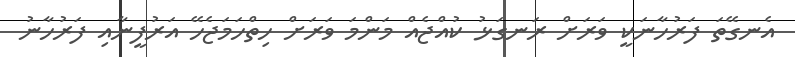
އެނގޭތަ ފަރުހާނަކީ ވަރަށް ރަނގަޅު ކުއްޖެއް މަންމަ ވަރަށް ހިތްހަމަޖެހޭ އަރުފީނާއި ފަރުހާނު